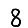
Digit: 8